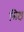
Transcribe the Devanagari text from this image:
लिक्ष